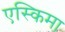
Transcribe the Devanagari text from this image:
एस्किमा